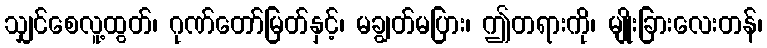
သျှင်စေလူ့ထွတ်၊ ဂုဏ်တော်မြတ်နှင့်၊ မချွတ်မပြား၊ ဤတရားကို၊ မျိုးခြားလေးတန်၊